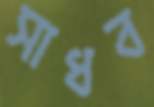
সাধব